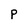
Character: P